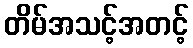
တိမ်အသင့်အတင့်